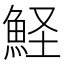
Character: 𩶜